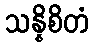
သန္နိစိတံ